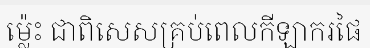
ម្ល៉េះ ជាពិសេសគ្រប់ពេលកីឡាករផៃ